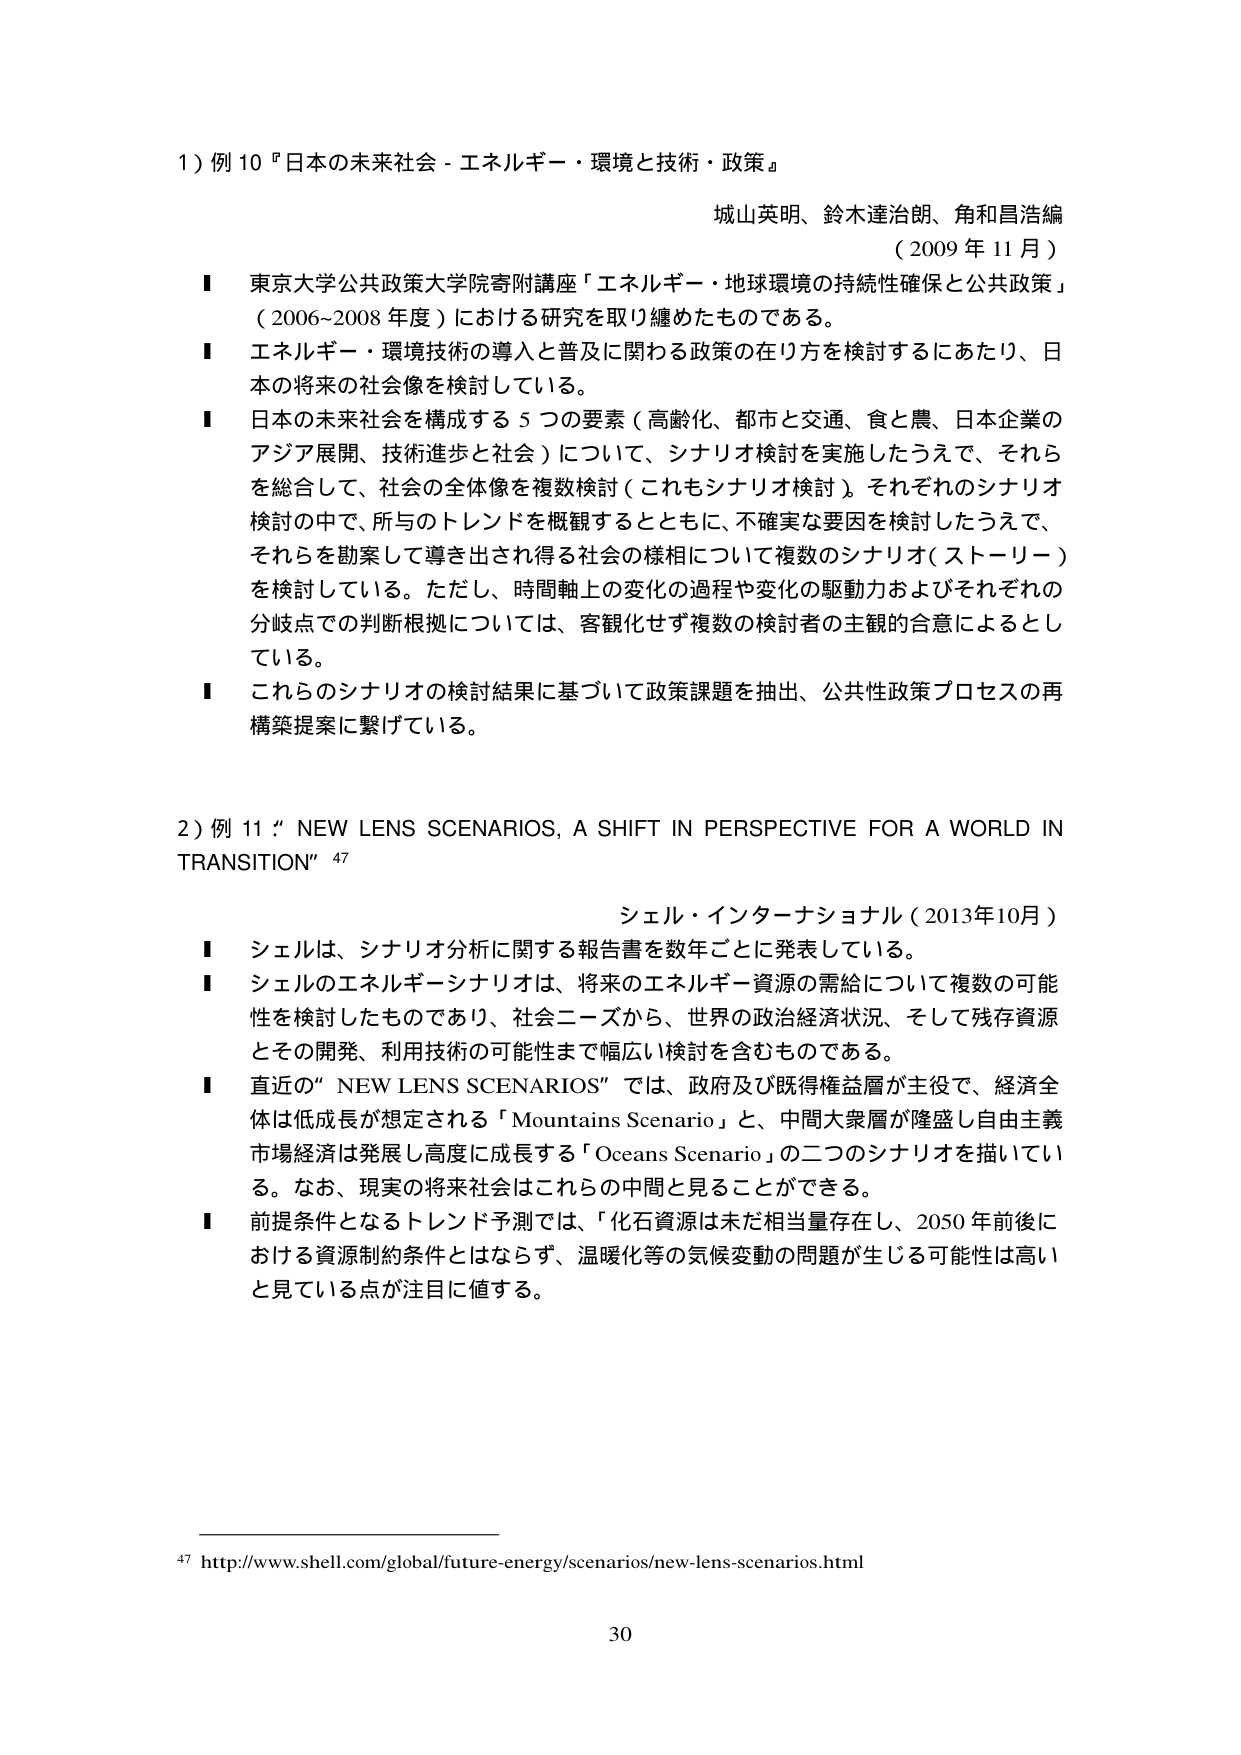
1) 例 10 『日本の未来社会 - エネルギー・環境と技術・政策』
城山英明、鈴木達治朗、角和昌浩編
（2009 年 11 月）
■ 東京大学公共政策大学院寄附講座「エネルギー・地球環境の持続性確保と公共政策」
（2006~2008 年度）における研究を取り纏めたものである。
■ エネルギー・環境技術の導入と普及に関わる政策の在り方を検討するにあたり、日本
の将来の社会像を検討している。
■ 日本の未来社会を構成する 5 つの要素（高齢化、都市と交通、食と農、日本企業の
アジア展開、技術進歩と社会）について、シナリオ検討を実施したうえで、それら
を総合して、社会の全体像を複数検討（これもシナリオ検討）。それぞれのシナリオ
検討の中で、所与のトレンドを概観するとともに、不確実な要因を検討したうえで、
それらを勘案して導き出され得る社会の様相について複数のシナリオ（ストーリー）
を検討している。ただし、時間軸上の変化の過程や変化の駆動力およびそれぞれの
分岐点での判断根拠については、客観化せず複数の検討者の主観的合意によるとし
ている。
■ これらのシナリオの検討結果に基づいて政策課題を抽出、公共性政策プロセスの再
構築提案に繋げている。

2) 例 11 “NEW LENS SCENARIOS, A SHIFT IN PERSPECTIVE FOR A WORLD IN
TRANSITION” 47
シェル・インターナショナル（2013年10月）
■ シェルは、シナリオ分析に関する報告書を数年ごとに発表している。
■ シェルのエネルギーシナリオは、将来のエネルギー資源の需給について複数の可能
性を検討したものであり、社会ニーズから、世界の政治経済状況、そして残存資源
とその開発、利用技術の可能性まで幅広い検討を含むものである。
■ 直近の“NEW LENS SCENARIOS”では、政府及び既得権益層が主役で、経済全
体は低成長が想定される「Mountains Scenario」と、中間大衆層が隆盛し自由主義
市場経済は発展し高度に成長する「Oceans Scenario」の二つのシナリオを描いてい
る。なお、現実の将来社会はこれらの中間と見ることができる。
■ 前提条件となるトレンド予測では、「化石資源は未だ相当量存在し、2050 年前後における資源制約条件とはならず、温暖化等の気候変動の問題が生じる可能性は高い
と見ている点が注目に値する。

47 http://www.shell.com/global/future-energy/scenarios/new-lens-scenarios.html
30